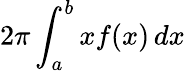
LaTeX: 2\pi\int_{a}^{b}xf(x)\, dx